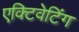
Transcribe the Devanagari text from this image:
एक्टिवेटिंग